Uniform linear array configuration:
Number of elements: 24
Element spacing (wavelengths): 0.5
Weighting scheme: hamming
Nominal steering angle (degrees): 0
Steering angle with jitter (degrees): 0.3651
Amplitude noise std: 0.05
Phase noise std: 0.05

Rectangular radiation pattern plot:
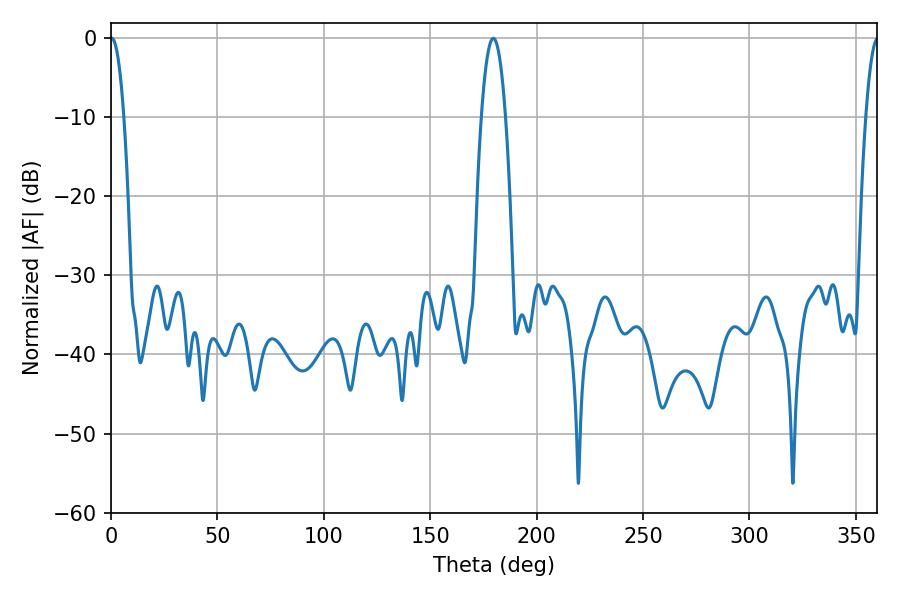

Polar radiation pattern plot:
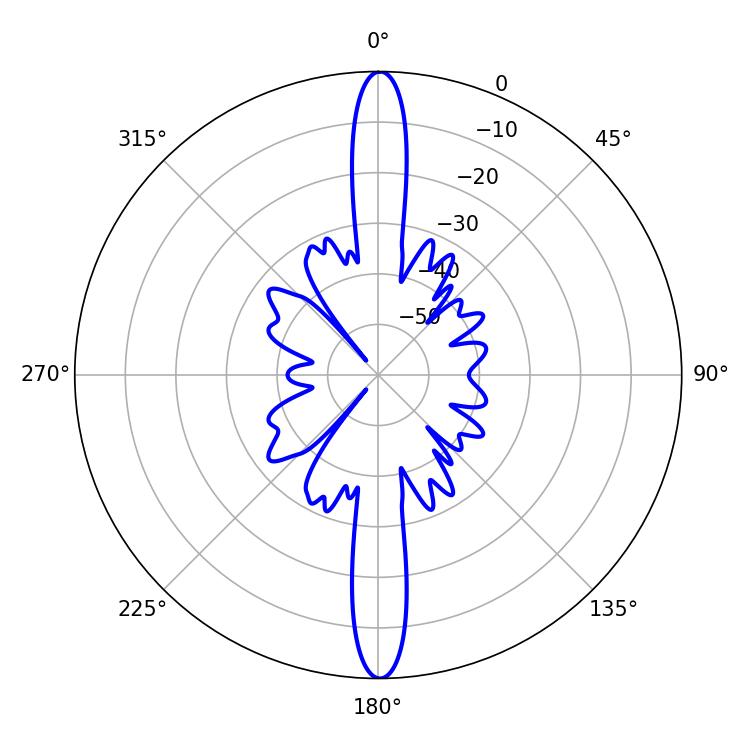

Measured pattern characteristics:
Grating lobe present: FALSE
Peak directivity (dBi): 31.964
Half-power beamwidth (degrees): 3.42
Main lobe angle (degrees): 0.36